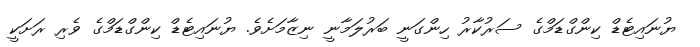
ޔުނައިޓެޑް ކިންގްޑަމްގެ ސަރުކާރު ހިންގަނީ ބަރުލަމާނީ ނިޒާމަށެވެ. ޔުނައިޓެޑް ކިންގްޑަމްގެ ވެރި ރަށަކީ